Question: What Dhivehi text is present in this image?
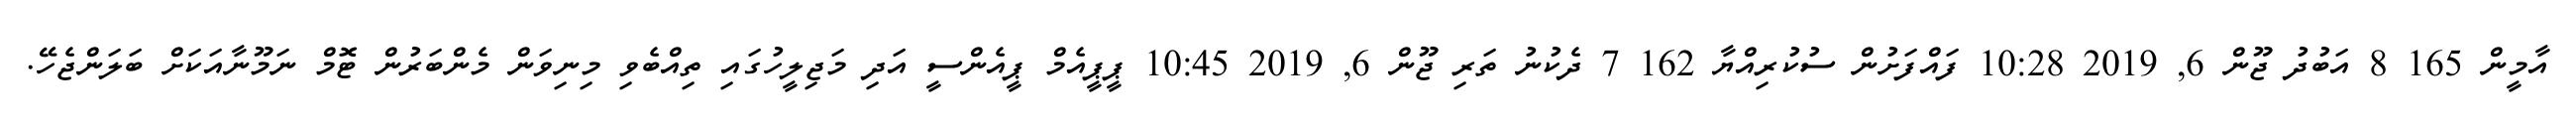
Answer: އާމީން 165 8 އަބުދު ޖޫން 6, 2019 10:28 ފައްފަށުން ސުކުރިއްޔާ 162 7 ދެކުނު ތަރި ޖޫން 6, 2019 10:45 ޕީޕީއެމް ޕީއެންސީ އަދި މަޖިލީހުގައި ތިއްބެވި މިނިވަން މެންބަރުން ޓޮމް ނަމޫނާއަކަށް ބަލަންޖެހޭ.